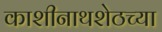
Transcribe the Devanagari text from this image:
काशीनाथशेठच्या